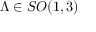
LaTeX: \Lambda \in S O ( 1 , 3 )